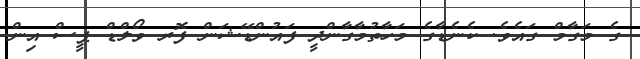
ގެ މަގާމް ގައެވެ. ކެނެޑާގެ މަހާތުމާގާންދީ ފައުންޑޭޝަން ފޮރ ވޯލްޑް ޕީސް އިން